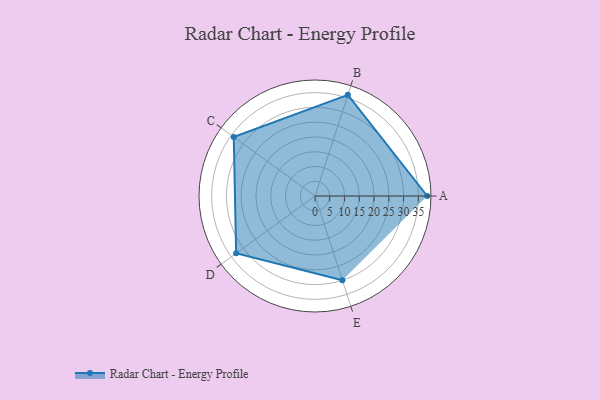
{"axis": {"x": "Skill", "y": "Score"}, "legend": ["Profile"], "data": [{"x": "A", "y": 38.0, "type": "Profile"}, {"x": "B", "y": 36.0, "type": "Profile"}, {"x": "C", "y": 34.0, "type": "Profile"}, {"x": "D", "y": 33.0, "type": "Profile"}, {"x": "E", "y": 30.0, "type": "Profile"}]}